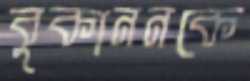
বুকাননকে